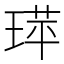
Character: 𬍷